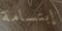
إبتسامة